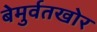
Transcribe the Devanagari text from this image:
बेमुर्वतखोर